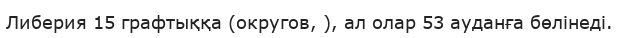
Либерия 15 графтыққа (округов, ), ал олар 53 ауданға бөлінеді.